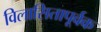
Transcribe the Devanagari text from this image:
विलासितापूर्वक